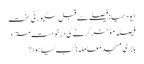
ایودھیا: فیصلے سے قبل سکیورٹی سخت
فیصلہ مؤخر کرنے کی درخواست مسترد
بابری مسجد معاملہ: کب کیا ہوا؟